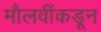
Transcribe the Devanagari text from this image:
मौलवींकडून